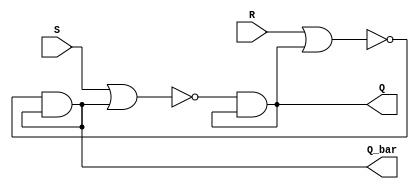
module sr_latch (
    input S,
    input R,
    output Q,
    output Q_bar
);

wire nand_out1;
wire nand_out2;

assign nand_out1 = ~(S | Q_bar);
assign nand_out2 = ~(R | Q);

assign Q = nand_out1 & Q;
assign Q_bar = nand_out2 & Q_bar;

endmodule